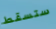
ستسقط